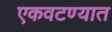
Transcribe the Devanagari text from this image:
एकवटण्यात